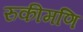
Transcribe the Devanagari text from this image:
रुकीमणि